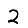
Digit: 2